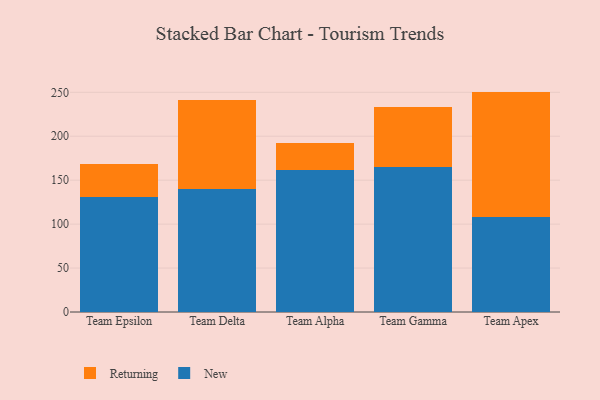
{"axis": {"x": "Team", "y": "Net Income (USD K)"}, "legend": ["New", "Returning"], "data": [{"x": "Team Epsilon", "y": 130.4, "type": "New"}, {"x": "Team Epsilon", "y": 37.8, "type": "Returning"}, {"x": "Team Delta", "y": 140.1, "type": "New"}, {"x": "Team Delta", "y": 101.7, "type": "Returning"}, {"x": "Team Alpha", "y": 161.6, "type": "New"}, {"x": "Team Alpha", "y": 31.0, "type": "Returning"}, {"x": "Team Gamma", "y": 164.5, "type": "New"}, {"x": "Team Gamma", "y": 69.0, "type": "Returning"}, {"x": "Team Apex", "y": 108.3, "type": "New"}, {"x": "Team Apex", "y": 142.5, "type": "Returning"}]}